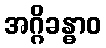
အဂ္ဂိခန္ဓာဝ